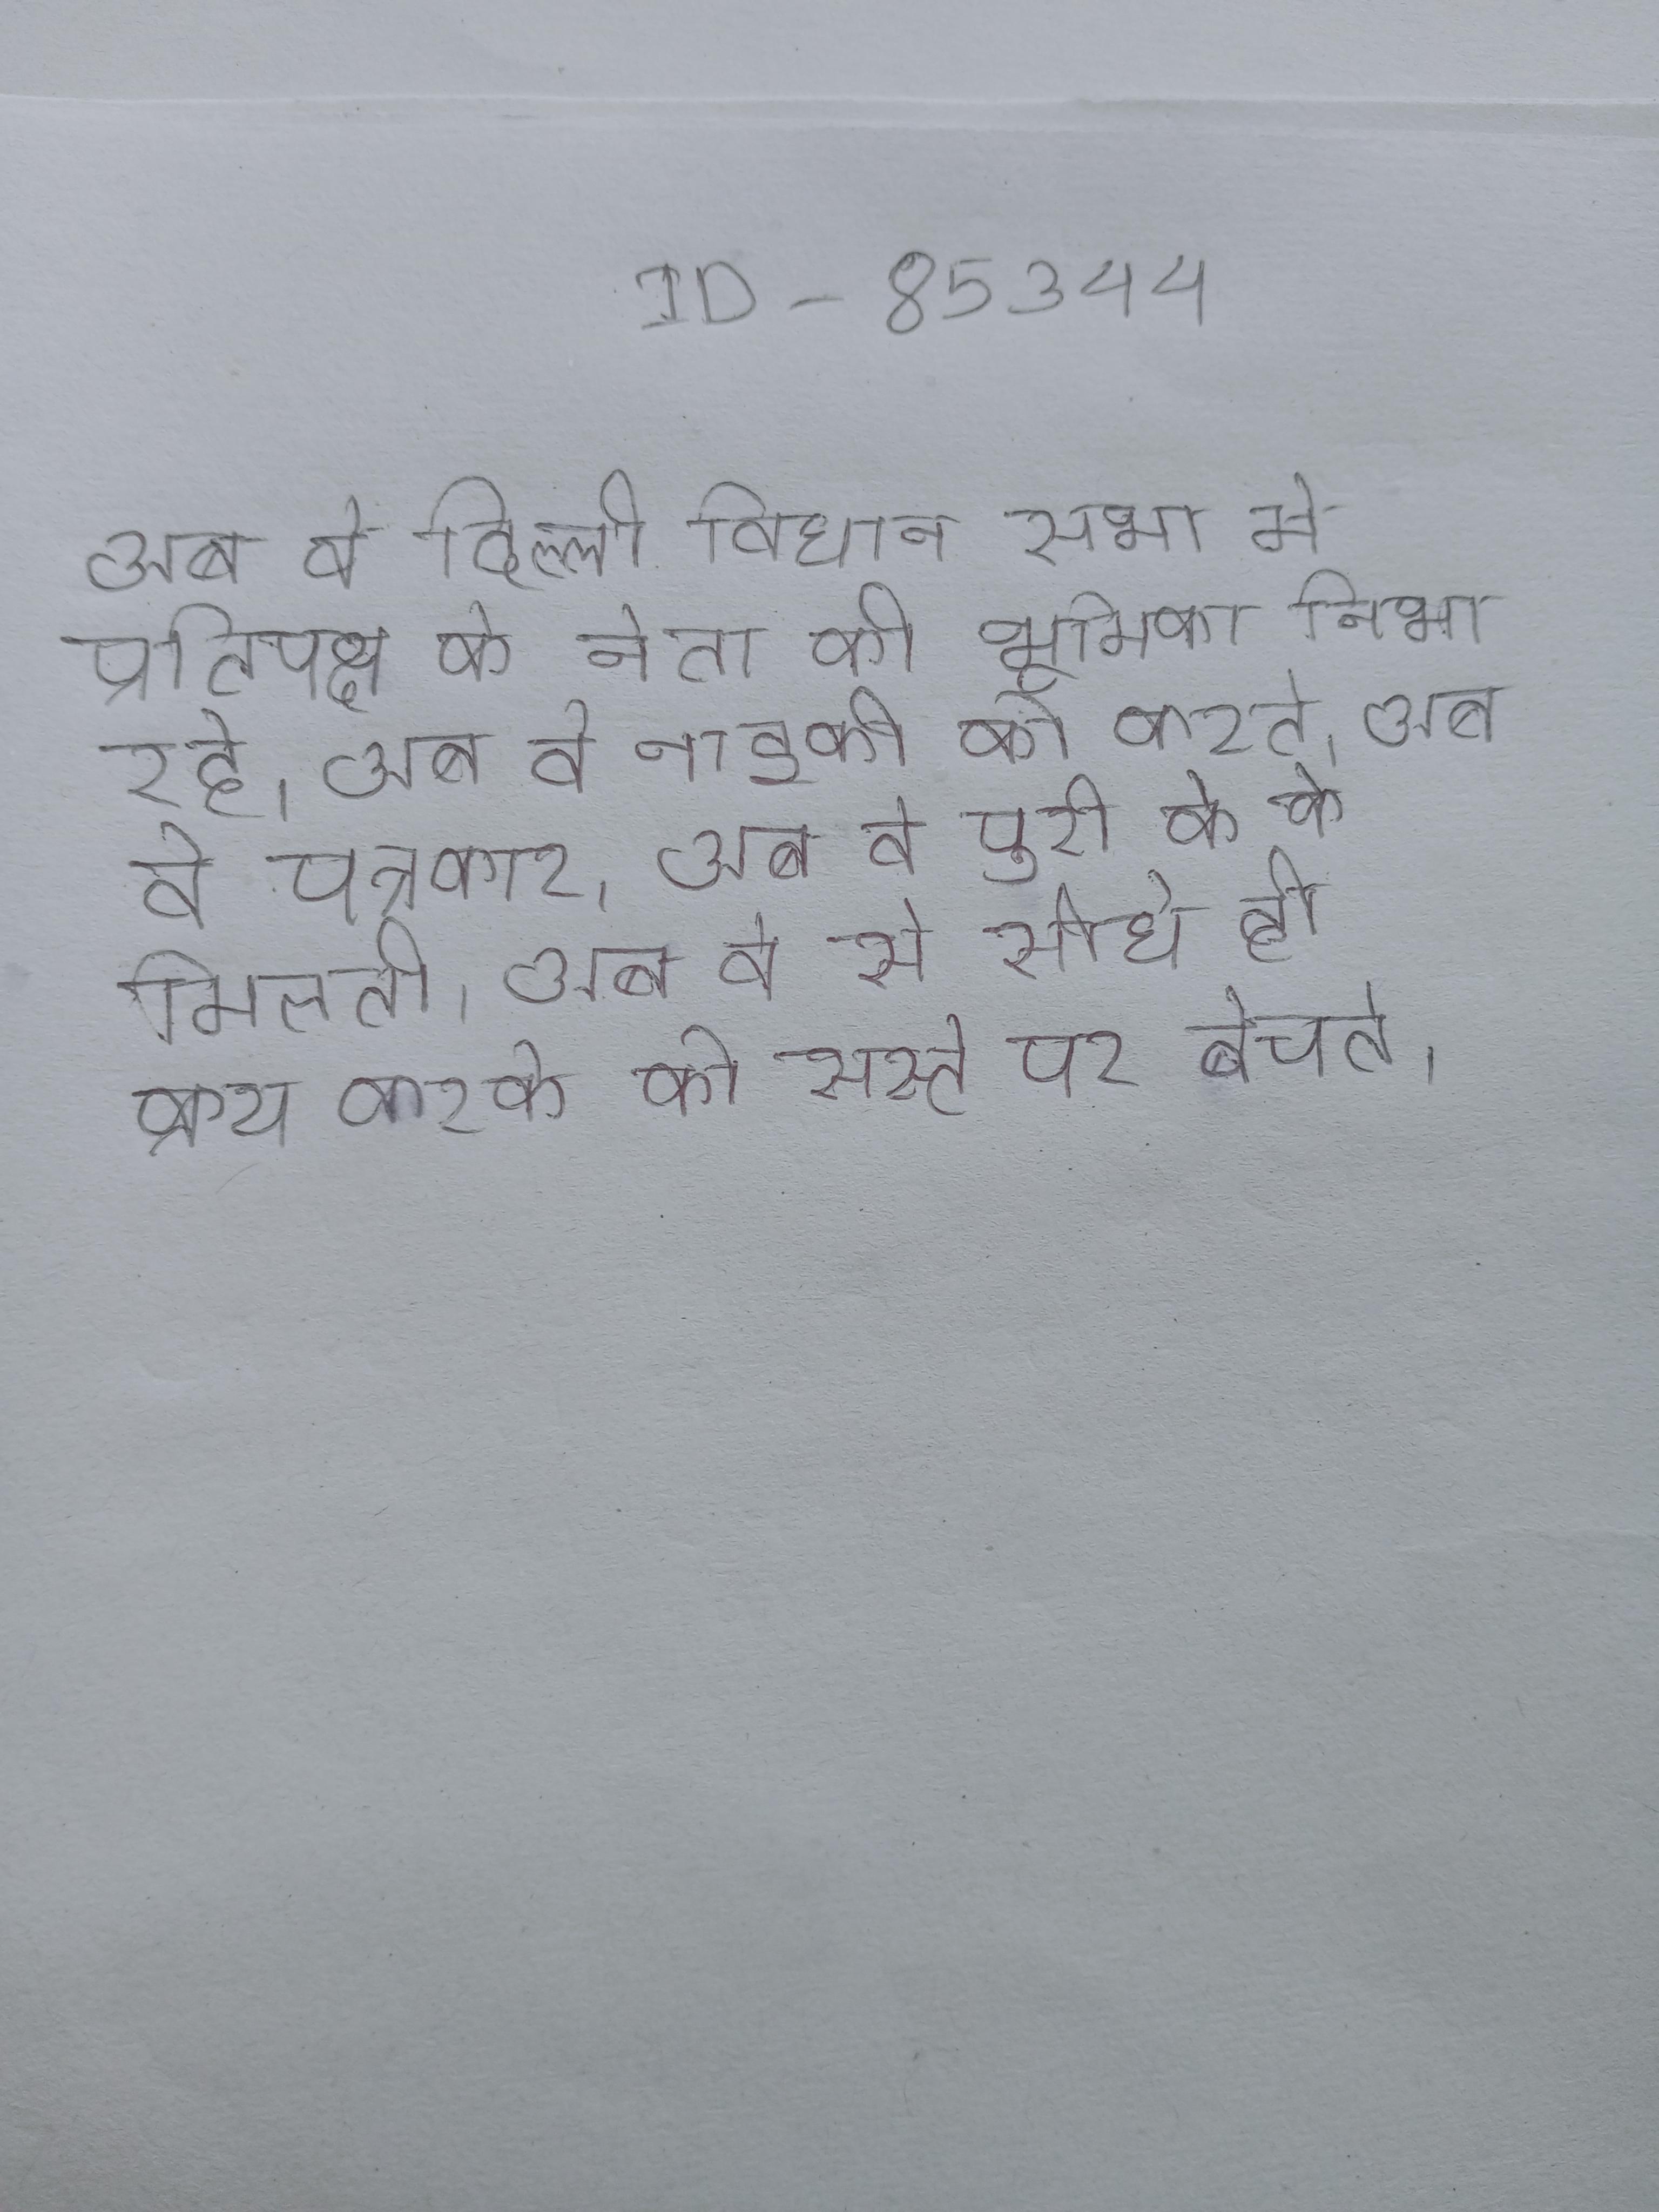
अब वे दिल्ली विधान सभा मे प्रतिपक्ष के नेता की भूमिका निभा रहे । अब वे नाइकी को करते । अब वे पत्रकार । अब वे पुरी के के मिलती । अब वे से सीधे ही क्रय करके को सस्ते पर बेचते ।